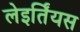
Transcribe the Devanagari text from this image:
लेइर्तिंयस